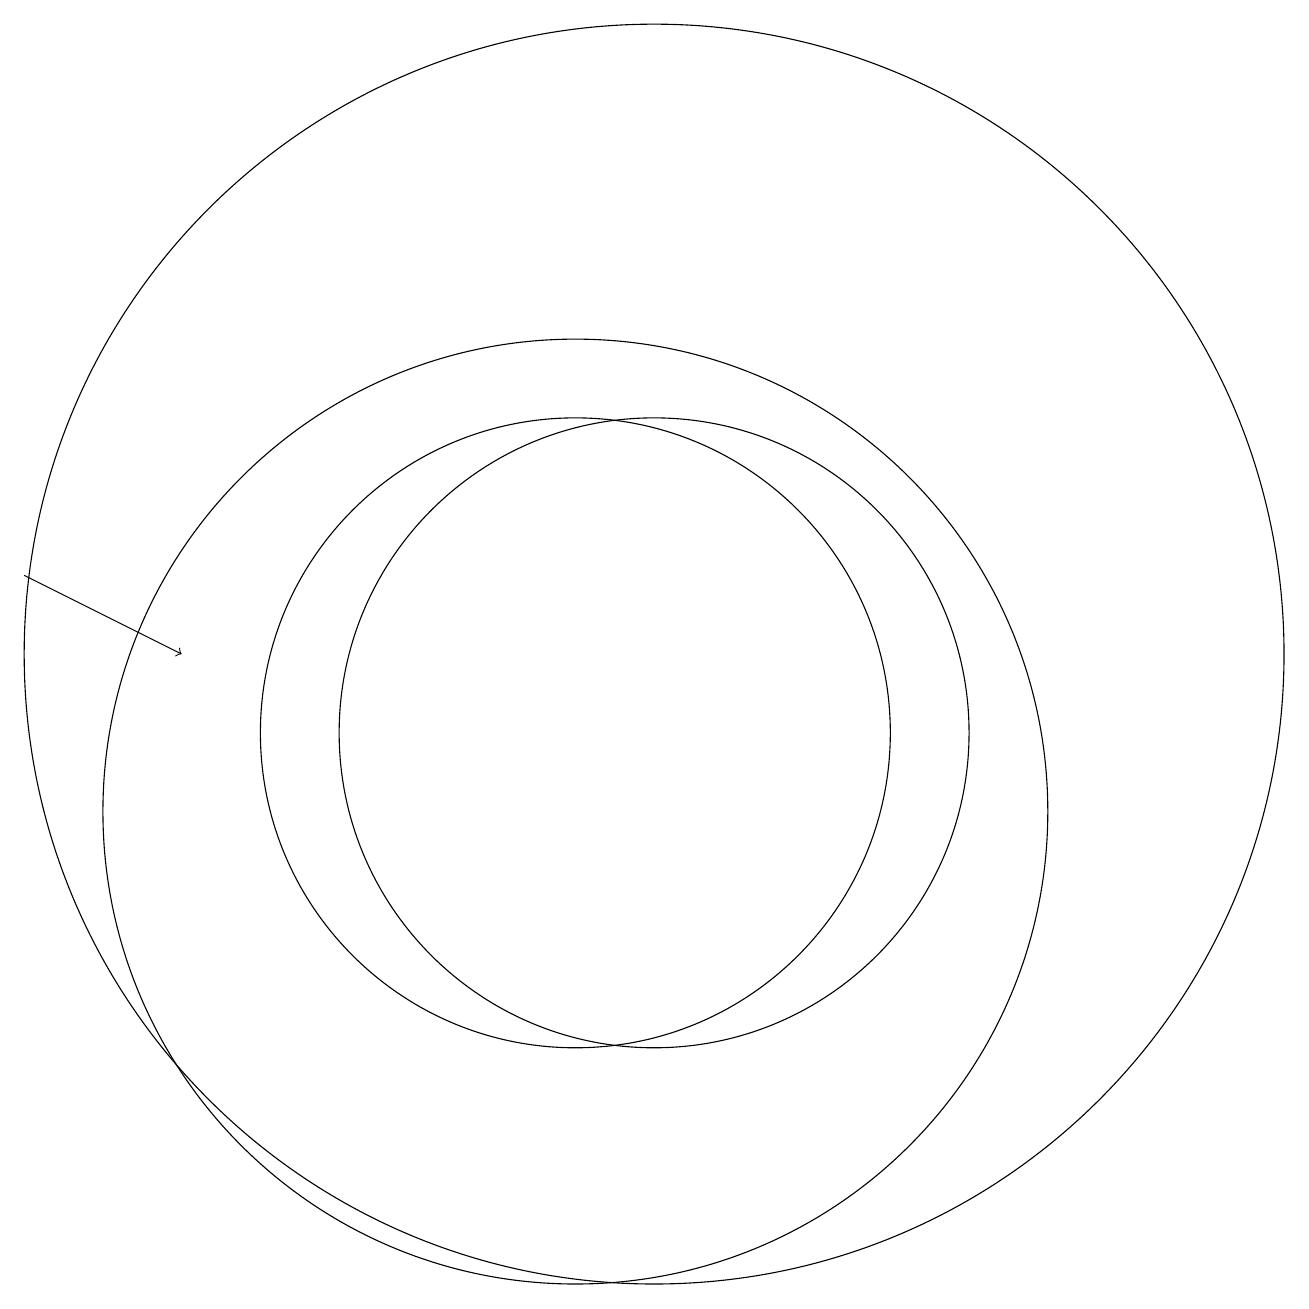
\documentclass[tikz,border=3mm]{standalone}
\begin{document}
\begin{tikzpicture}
\draw (10,10) circle (6);
\draw (11,12) circle (8);
\draw (11,11) circle (4);
\draw[->] (3,13) -- (5,12);
\draw (10,11) circle (4);
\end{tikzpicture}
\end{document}